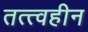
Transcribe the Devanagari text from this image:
तत्त्वहीन